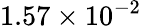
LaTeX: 1.57\times 10^{-2}